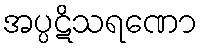
အပ္ပဋိသရဏော